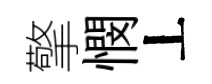
擎憫丄